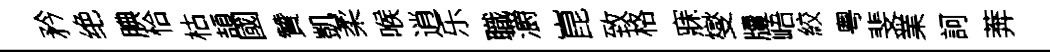
矜绝腆恰枯頡國贊凱柔喉逍乐職灂崑致格寐燮牘峿絞粤斐業訶莾